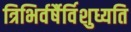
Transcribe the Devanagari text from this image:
त्रिभिर्वर्षैर्विशुध्यति